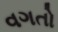
વગતો